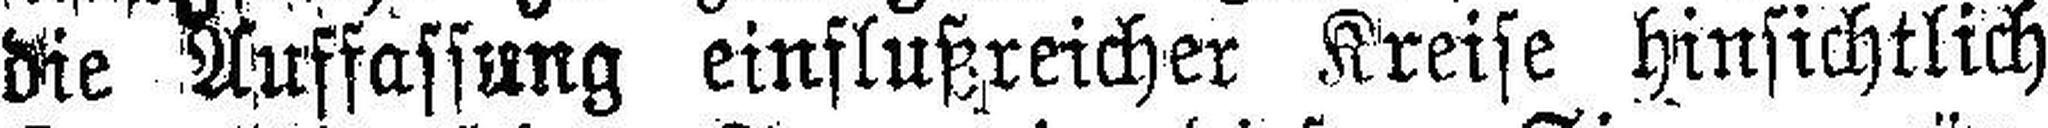
die Auffassung einflußreicher Kreise hinsichtlich